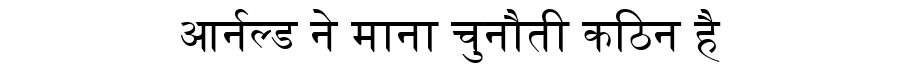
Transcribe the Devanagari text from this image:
आर्नल्ड ने माना चुनौती कठिन है